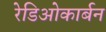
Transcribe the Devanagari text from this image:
रेडिओकार्बन